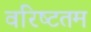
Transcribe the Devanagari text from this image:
वरिष्‍टतम